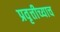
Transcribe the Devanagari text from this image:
प्रवृत्तीच्याच